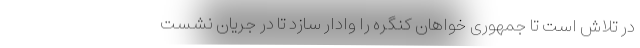
در تلاش است تا جمهوری خواهان کنگره را وادار سازد تا در جریان نشست